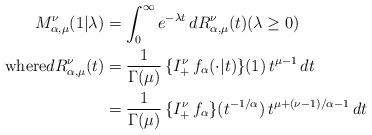
LaTeX: \begin{align*}M^\nu_{\alpha,\mu}(1\vert \lambda)&= \int_0^\infty e^{- \lambda t}\, dR^\nu_{\alpha,\mu}(t) (\lambda\ge0) \\ {\rm where}dR^\nu_{\alpha,\mu}(t) &= \frac{1}{\Gamma(\mu)}\, \{I_+^\nu\, f_\alpha(\cdot\vert t)\}(1)\, t^{\mu-1} \, dt \\ &= \frac{1}{\Gamma(\mu)}\, \{I_+^\nu\, f_\alpha\}(t^{-1/\alpha})\, t^{\mu+(\nu-1)/\alpha-1} \, dt \end{align*}